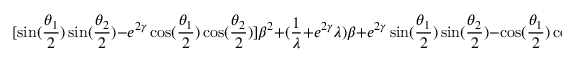
[ \sin ( \frac { \theta _ { 1 } } { 2 } ) \sin ( \frac { \theta _ { 2 } } { 2 } ) - e ^ { 2 \gamma } \cos ( \frac { \theta _ { 1 } } { 2 } ) \cos ( \frac { \theta _ { 2 } } { 2 } ) ] \beta ^ { 2 } + ( \frac { 1 } { \lambda } + e ^ { 2 \gamma } \lambda ) \beta + e ^ { 2 \gamma } \sin ( \frac { \theta _ { 1 } } { 2 } ) \sin ( \frac { \theta _ { 2 } } { 2 } ) - \cos ( \frac { \theta _ { 1 } } { 2 } ) \cos ( \frac { \theta _ { 2 } } { 2 } ) = 0 .